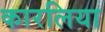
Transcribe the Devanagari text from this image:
कारलिया